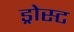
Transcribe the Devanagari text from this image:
ड्रोस्ट